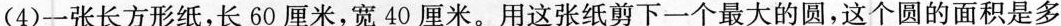
(4)一张长方形纸，长60厘米，宽40厘米。用这张纸剪下一个最大的圆，这个圆的面积是多